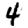
Digit: 4